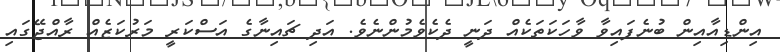
އިންޑިއާއިން ބުނެފައިވާ ވާހަކަތަކެއް ދަނީ ދެކެވެމުންނެވެ. އަދި ޗައިނާގެ އަސްކަރީ މަރުކަޒެއް ރާއްޖޭގައި